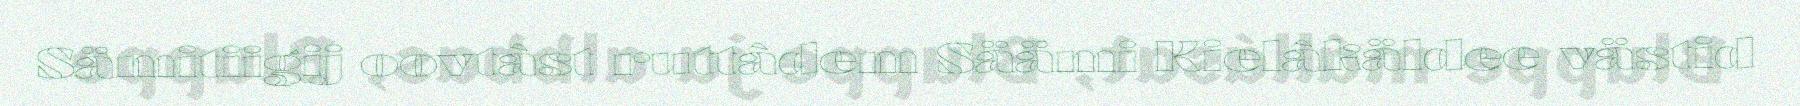
Sämitiigij oovtâst ruttâdem Säämi Kielâkäldee västid